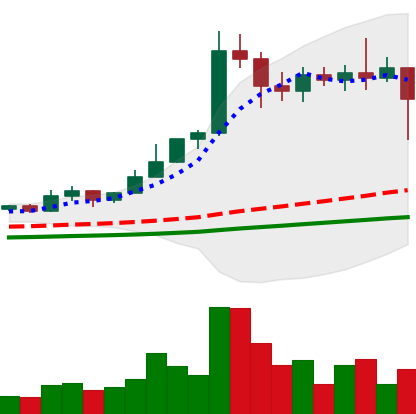
Ticker: ETC-USD
Chart end date: 2021-02-22
Forward return: -20.316%
Label: down_7plus